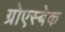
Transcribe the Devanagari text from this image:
ग्रोएस्बेक